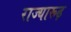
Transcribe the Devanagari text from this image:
राज्यारूढ़